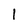
Character: l